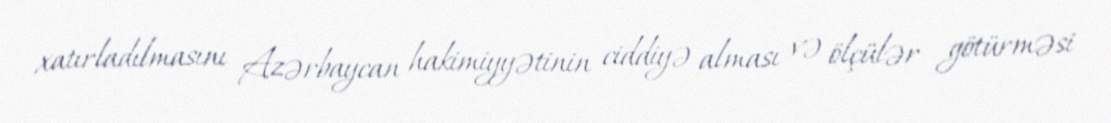
xatırladılmasını Azərbaycan hakimiyyətinin ciddiyə alması və ölçülər götürməsi